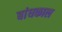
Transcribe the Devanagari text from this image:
बांधकाल